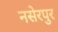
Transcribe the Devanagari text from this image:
नसेरपुर